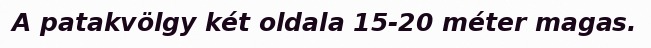
A patakvölgy két oldala 15-20 méter magas.